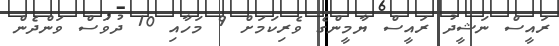
ރައީސް ނަޝީދު ރައީސް ޔާމީންގެ ވެރިކަމަށް 9 މަހާއި 10 ދުވަސް ވަންދެން